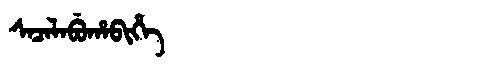
Manchu: ᠰᠠᠴᠠᠯᠠᠪᡠᡥᠠᠪᡳᡥᡝ
Romanization: SACALABUHABIHE